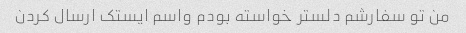
من تو سفارشم دلستر خواسته بودم واسم ایستک ارسال کردن